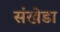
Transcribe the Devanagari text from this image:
संखेडा